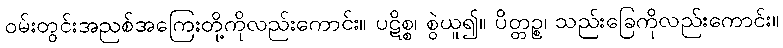
ဝမ်းတွင်းအညစ်အကြေးတို့ကိုလည်းကောင်း။ ပဋိစ္စ၊ စွဲယူ၍။ ပိတ္တဉ္စ၊ သည်းခြေကိုလည်းကောင်း။